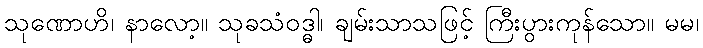
သုဏောဟိ၊ နာလော့။ သုခသံဝဒ္ဓါ၊ ချမ်းသာသဖြင့် ကြီးပွားကုန်သော။ မမ၊